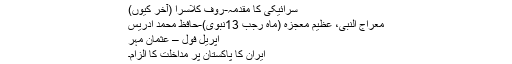
سرائیکی کا مقدمہ-روف کلاسرا (آخر کیوں)
معراج النبیؐ، عظیم معجزہ (ماہِ رجب 13نبوی)-حافظ محمد ادریس
اپریل فول – عثمان مہر
ایران کا پاکستان پر مداخلت کا الزام۔